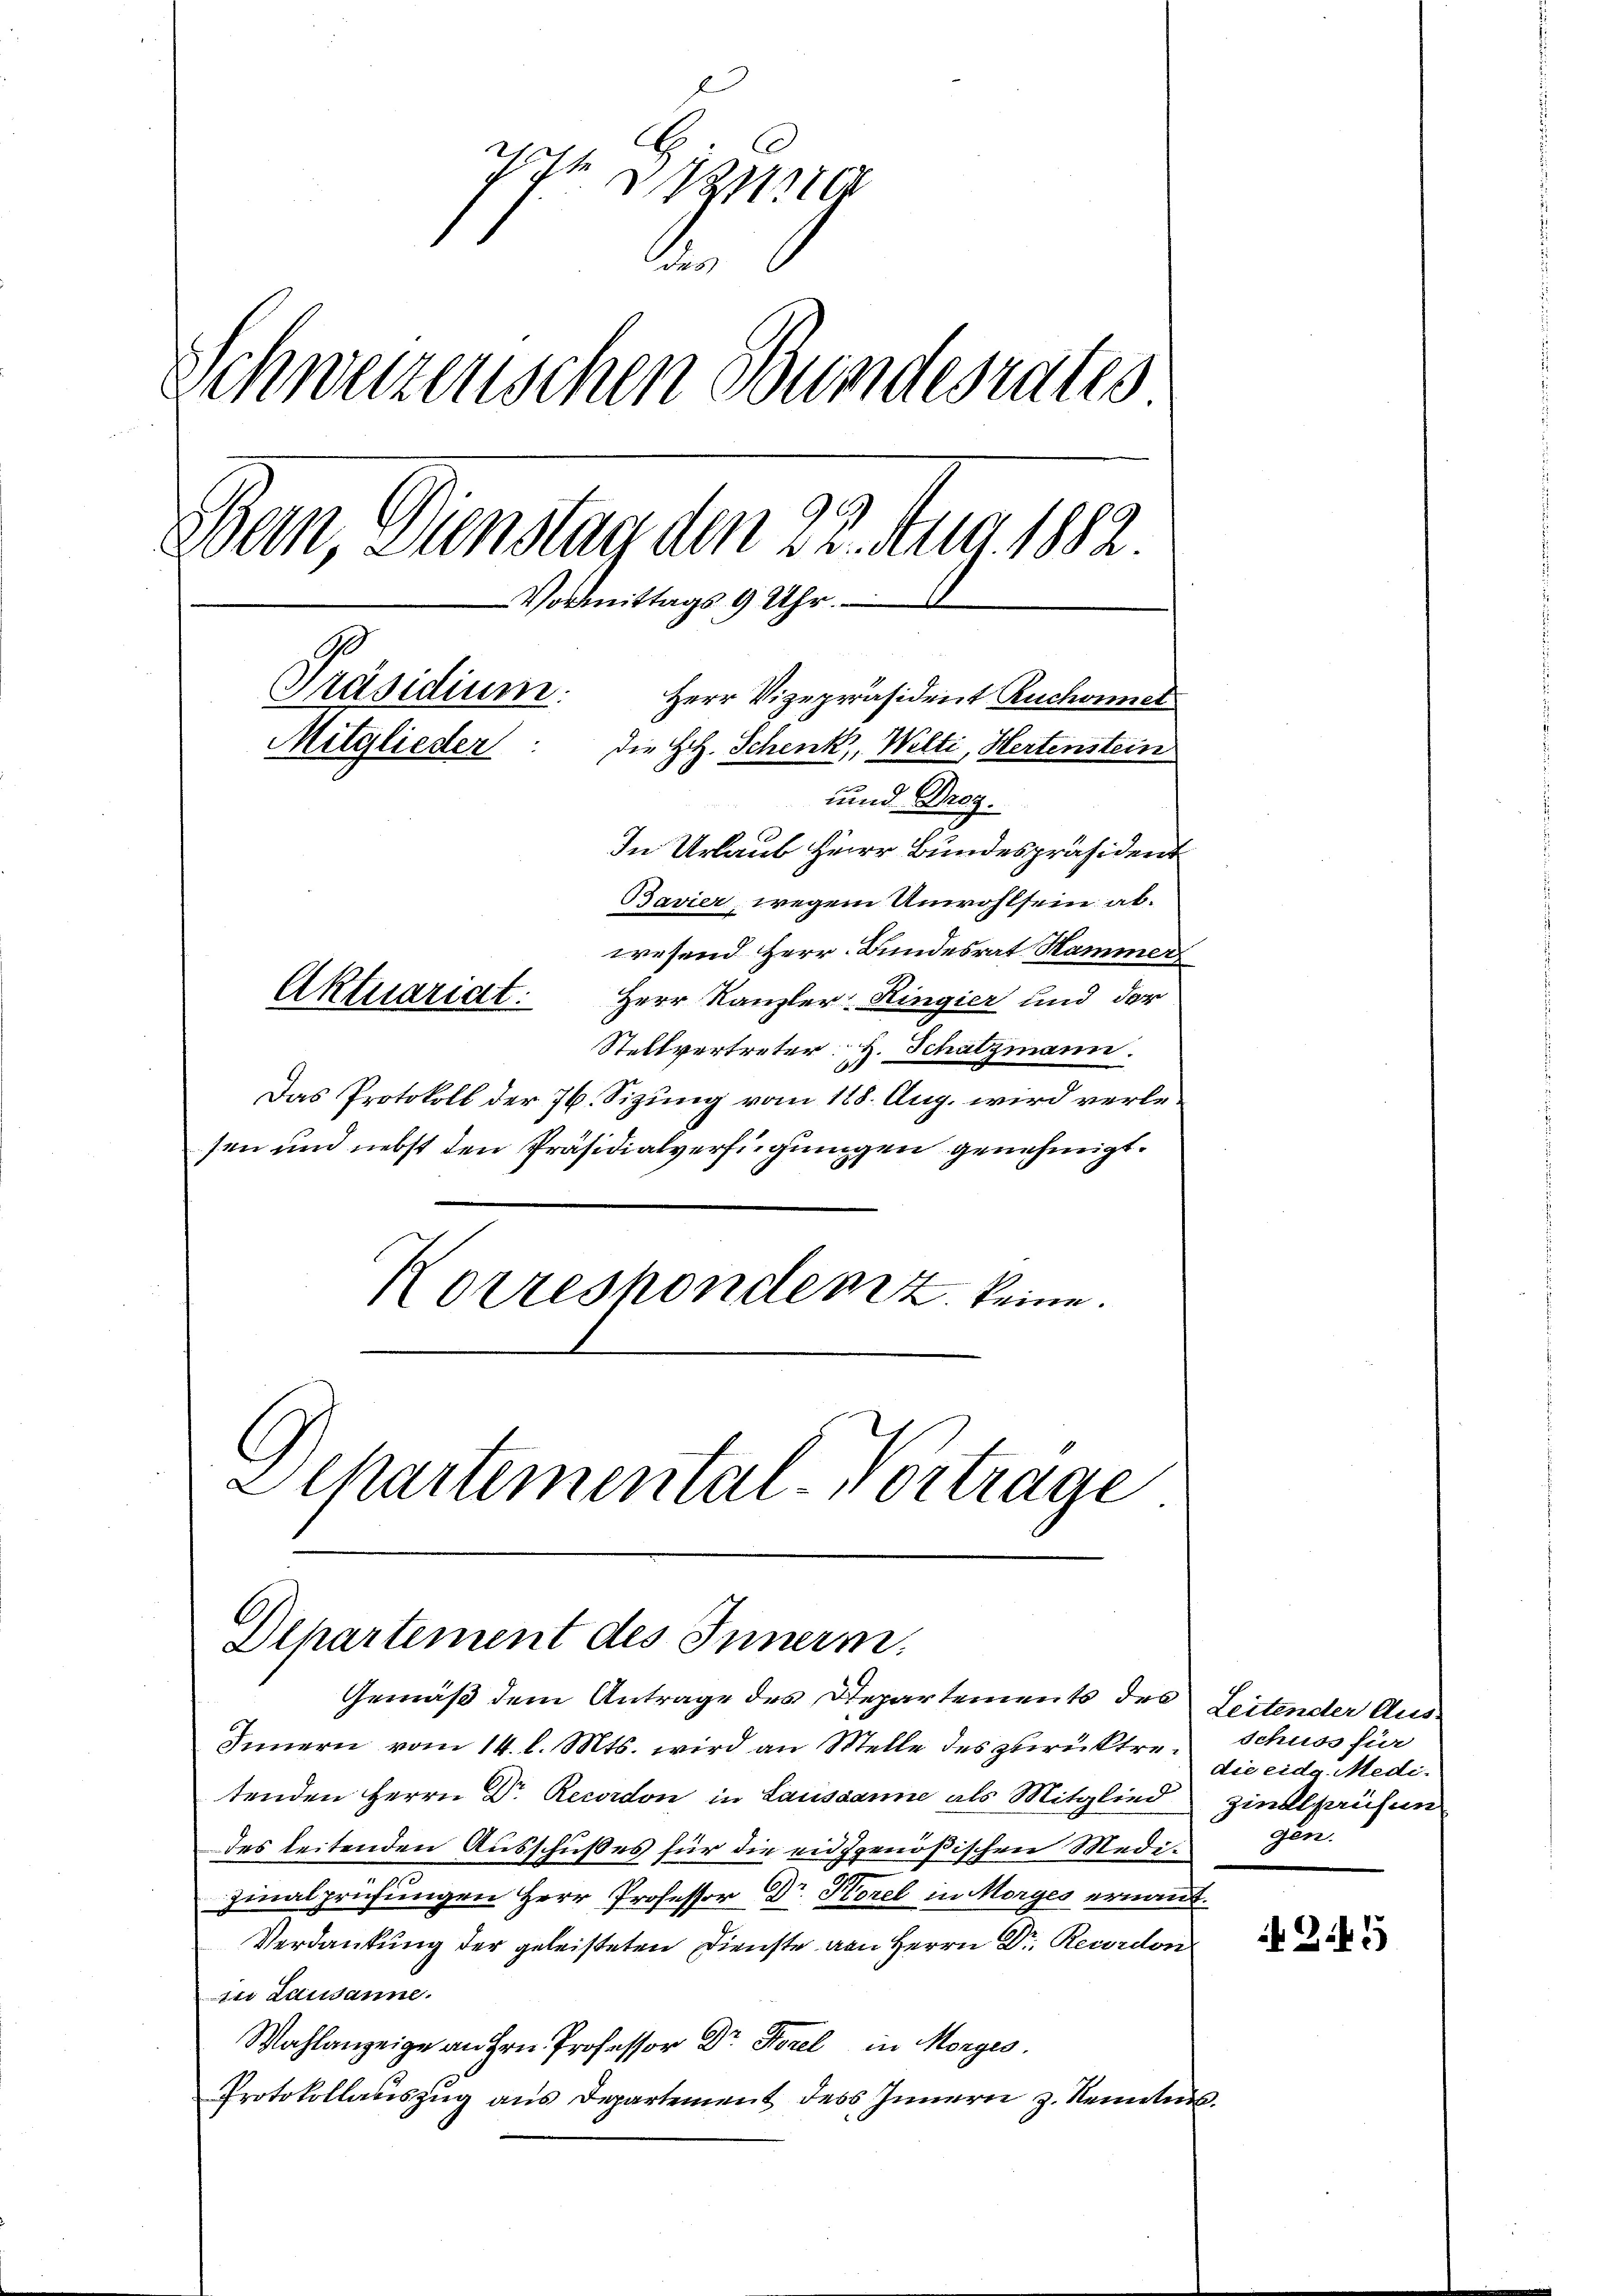
7

.
Schweizerischen Bundesrates
Bern Dienstag den 22. Aug. 1882.
Vormittags 9 Uhr.
1
Präsidium.
Herr Vizepräsident Ruchornet
Mitglieder
die H. Schenk, Welti, Hertenstein
und Droz.
In Urlaub Herr Bundespräsident
Bavier, wegen Unwohlsein abwesend Herr Bundesrat Hammen
Aktuariat.
Herr Kanzler Hingier und der

Stellvertreter H. Schatzmann.
Das Protokoll der 76. Sizung vom 188. Aug. wird verlesen und nebst den Präsidialverfügungen genehmigt.
Korrespondenz keine.
Departemental-Vortrage

Departement des Innern.

Gemäß dem Antrage des Departements des Leitender Aus¬
Innern vom 14. l. Mts. wird an Stelle des zurücktre¬

tenden Herrn Dr. Recordon in Lausanne als Mitglied
des leitenden Ausschußes für die eidgenößischen Medi¬
Zinalprüfungen Herr Professor Dr. Korel in Morges ernannt.
Verdankung der geleisteten Dienste von Herrn Dr. Reurdon
zi Lausanne.
Wahlanzeige an Hrn. Professor Dr. Forel in Morges.
Protokollauszug aus Departement des Innern z. Renntnis.

schuss für
die eidg. Medi-
Zinsprüfun
gen.

345